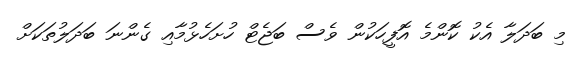
މި ބަދަލާ އެކު ކޮންމެ އޮފީހަކުން ވެސް ބަޖެޓް ހުށަހެޅުމާއި ގެންނަ ބަދަލުތަކަށް